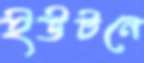
ইউটনে